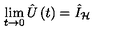
\lim _ { t \rightarrow 0 } \hat { U } \left( t \right) = \hat { I } _ { \mathcal { H } }